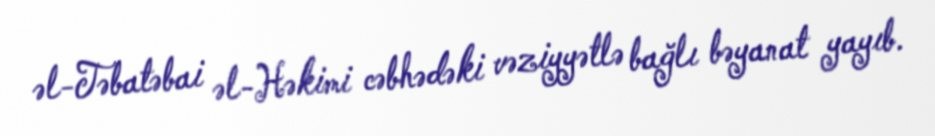
əl-Təbatəbai əl-Həkimi cəbhədəki vəziyyətlə bağlı bəyanat yayıb.